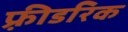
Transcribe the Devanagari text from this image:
फ़्रीडरिक